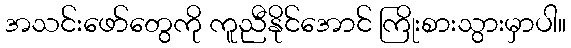
အသင်းဖော်တွေကို ကူညီနိုင်အောင် ကြိုးစားသွားမှာပါ။